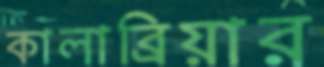
কালাব্রিয়ার